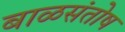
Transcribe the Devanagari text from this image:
बाळसंतोष